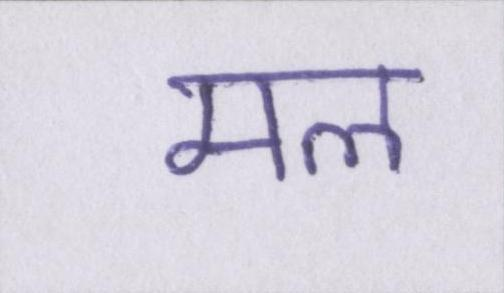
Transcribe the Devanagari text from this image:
मल